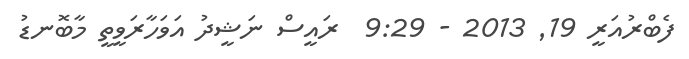
ފެބްރުއަރީ 19